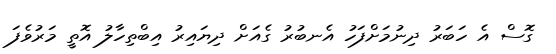
ގޮސް އެ ހަބަރު ދިނުމަށްފަހު އެނބުރު ގެއަށް ދިޔައިރު އިބްތިހާލު އޮތީ މަރުވެފަ